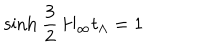
\mathrm { s i n h } \ \frac { 3 } { 2 } \, H _ { \infty } t _ { \Lambda } = 1